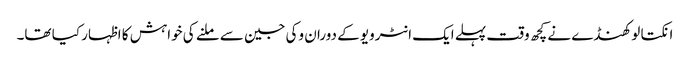
انکتا لوکھنڈے نے کچھ وقت پہلے ایک انٹرویو کے دوران وکی جین سے ملنے کی خواہش کا اظہار کیا تھا۔